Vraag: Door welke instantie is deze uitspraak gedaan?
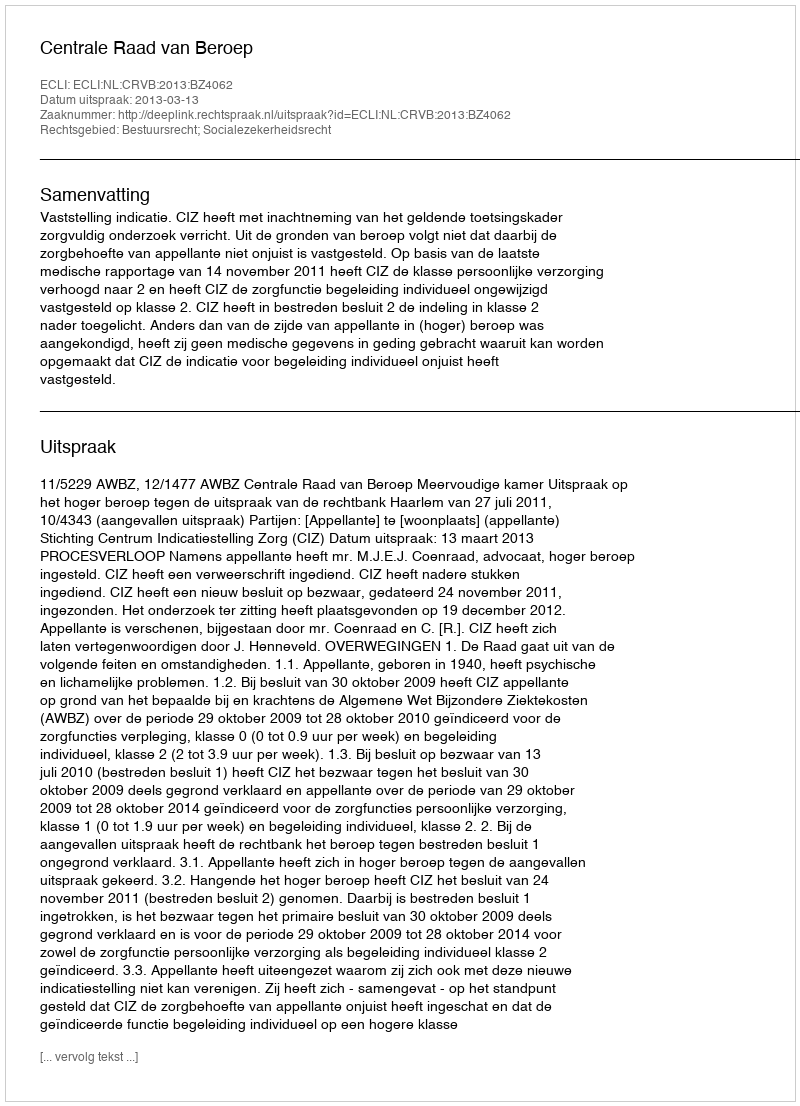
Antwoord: Centrale Raad van Beroep